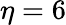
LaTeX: \eta=6